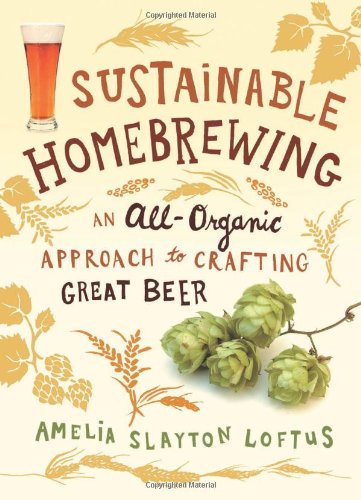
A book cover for Sustainable Homebrewing: An All-Organic Approach to Crafting Great Beer; Amelia Slayton Loftus; Cookbooks, Food & Wine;